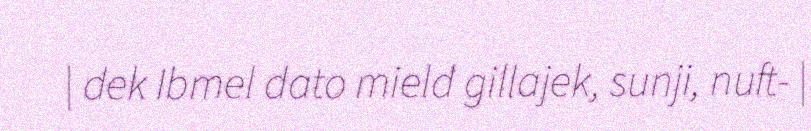
| dek Ibmel dato mield gillajek, sunji, nuft- ||